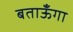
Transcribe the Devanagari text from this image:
बताऊँगा